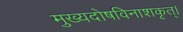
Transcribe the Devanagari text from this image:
मुख्यदोषविनाशकृत्।